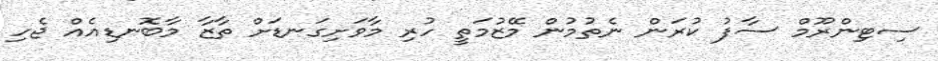
ސިޓިންރޫމް ސާފު ކުރަން ނެތުމުން މޭޒުމަތީ ހުރި މާވަށިގަނޑަށް ތާޒާ މާބޮނޑިއެއް ޖެހި